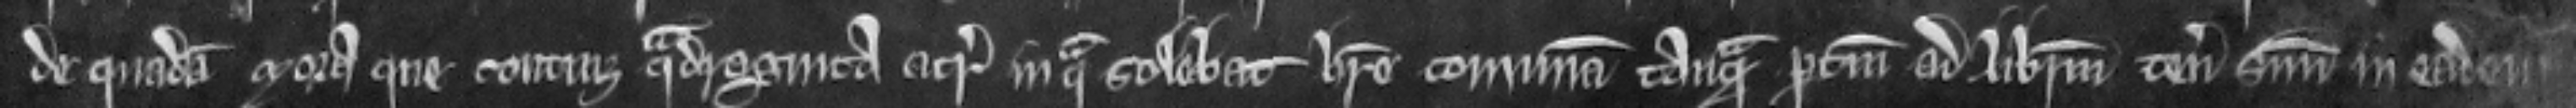
de quadam mora que continet quadraginta acras in qua solebat habere communam tanquam pertinentem ad liberum tenementum suum in eadem